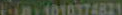
P1010974821